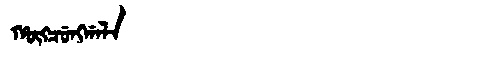
Manchu: ᡥᡡᡴᠴᡠᠩᡤᠠᠯᠠ
Romanization: HŪKCUNGGALA